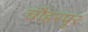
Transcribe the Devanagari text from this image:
चौहरपुर